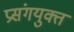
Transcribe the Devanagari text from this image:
प्रसंगयुक्त